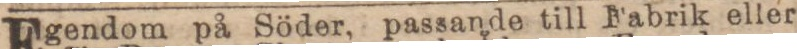
Egendom på Söder, passande till Fabrik eller